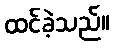
ထင်ခဲ့သည်။